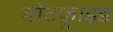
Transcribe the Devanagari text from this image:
गॉटफ़्राइड